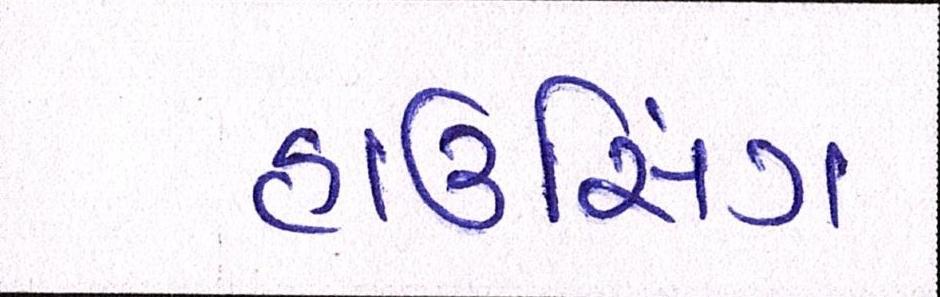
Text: હાઉસિંગ